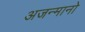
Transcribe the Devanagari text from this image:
अजन्मानो